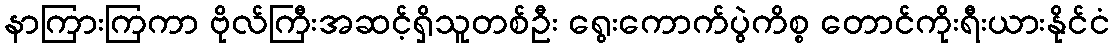
နာကြားကြကာ ဗိုလ်ကြီးအဆင့်ရှိသူတစ်ဦး ရွေးကောက်ပွဲကိစ္စ တောင်ကိုးရီးယားနိုင်ငံ